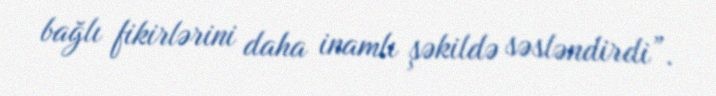
bağlı fikirlərini daha inamlı şəkildə səsləndirdi”.